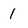
Character: 1